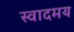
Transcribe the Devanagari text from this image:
स्वादमय